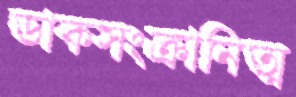
ডাকসংক্রানিত্ম